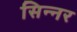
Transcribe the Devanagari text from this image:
सिन्‍नर